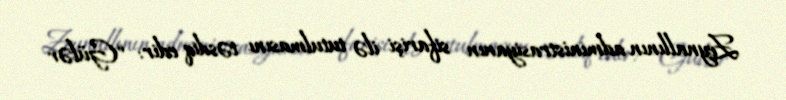
Zeynallının administrasiyanın sifarişi ilə tutulmasını təsdiq edir: “Gülər